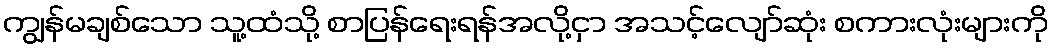
ကျွန်မချစ်သော သူ့ထံသို့ စာပြန်ရေးရန်အလို့ငှာ အသင့်လျော်ဆုံး စကားလုံးများကို